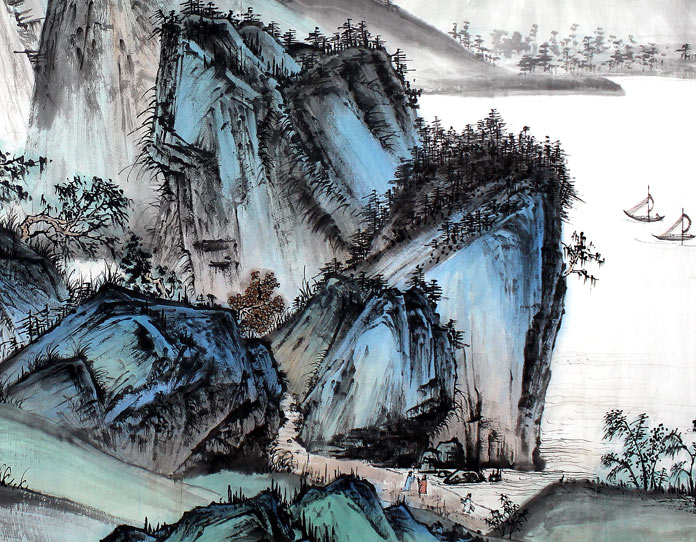
画图恰似归家梦，千里河山寸许长。